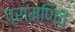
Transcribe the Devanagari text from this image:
प्रामणित